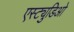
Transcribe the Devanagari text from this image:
एस्ट्युडिओ